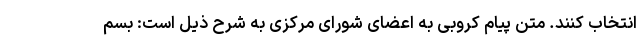
انتخاب کنند. متن پیام کروبی به اعضای شورای مرکزی به شرح ذیل است: بسم